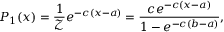
P _ { 1 } ( x ) = \frac { 1 } { \mathcal { Z } } e ^ { - c ( x - a ) } = \frac { c e ^ { - c ( x - a ) } } { 1 - e ^ { - c ( b - a ) } } ,